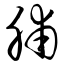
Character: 脯